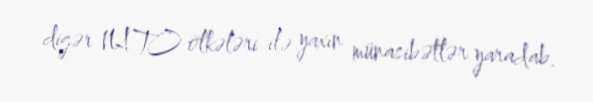
digər NATO ölkələri ilə yaxın münasibətlər yaradab.